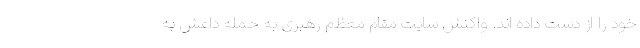
خود را از دست داده اند. واکنش سایت مقام معظم رهبری به حمله داعش به